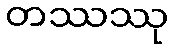
တဿဿု